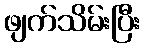
ဖျက်သိမ်းပြီး